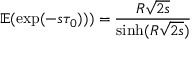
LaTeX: \mathbb { E } ( \exp ( - s \tau _ { 0 } ) ) ) = { \frac { R { \sqrt { 2 s } } } { \sinh ( R { \sqrt { 2 s } } ) } }